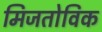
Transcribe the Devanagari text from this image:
मिजतोविक